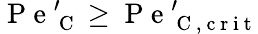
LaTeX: \mathrm{~P~e~}_{\mathrm{~C~}}^{\prime}\geq\mathrm{~P~e~}_{\mathrm{~C~,~c~r~i~t~}}^{\prime}